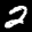
Label: 2